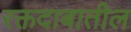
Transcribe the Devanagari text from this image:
रक्तदाबातील